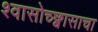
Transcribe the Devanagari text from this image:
श्वासोच्छ्वासाचा